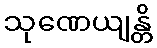
သုဏေယျန္တိ